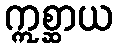
ဣစ္ဆာယ